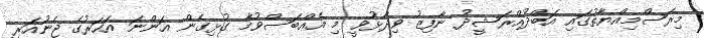
މިރަސްމިއްޔާތުގައި އަބްދުއްރަޝީދު ނާފިޒު ވިދާޅުވީ މި އެއްބަސްވުމާ ގުޅިގެން އަންނަ އަހަރުގެ ޖެނުއަރީ